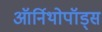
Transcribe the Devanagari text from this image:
ऑर्निथोपॉड्स